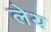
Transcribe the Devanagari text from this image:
लेय